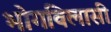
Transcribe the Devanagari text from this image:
भोगविलासी